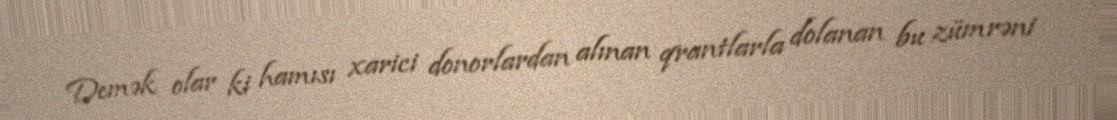
Demək olar ki hamısı xarici donorlardan alınan qrantlarla dolanan bu zümrəni